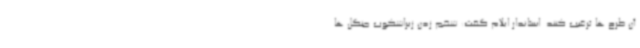
آن طرح ها ترغیب کنند. استاندار ایلام گفت: شخم زدن زیراشکوب جنگل ها